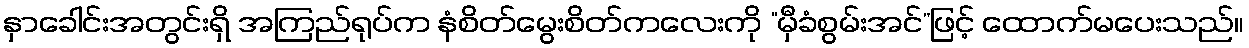
နှာခေါင်းအတွင်းရှိ အကြည်ရုပ်က နံစိတ်မွေးစိတ်ကလေးကို “မှီခံစွမ်းအင်”ဖြင့် ထောက်မပေးသည်။